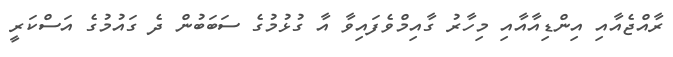
ރާއްޖެއާއި އިންޑިއާއާއި މިހާރު ގާއިމްވެފައިވާ އާ ގުޅުމުގެ ސަބަބުން ދެ ގައުމުގެ އަސްކަރީ